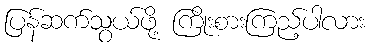
ပြန်ဆက်သွယ်ဖို့ ကြိုးစားကြည့်ပါလား